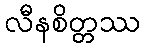
လီနစိတ္တဿ